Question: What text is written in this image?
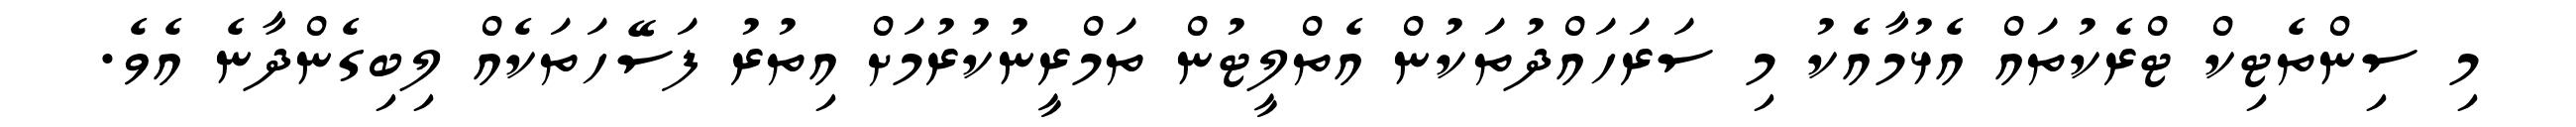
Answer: މި ސިންތެޓިކް ޓްރެކުތައް އެޅުމާއެކު މި ސަރަހައްދުތަކުން އެތްލީޓުން ތަމްރީނުކުރުމަށް އިތުރު ފަސޭހަތަކެއް ލިބިގެންދާނެ އެވެ.